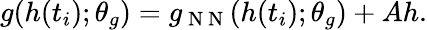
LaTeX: g(h(t_{i});\theta_{g})=g_{\mathrm{~N~N~}}(h(t_{i});\theta_{g})+Ah.